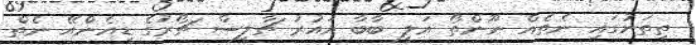
ތިތަނުގައި ނެތެއް ނޫންތޯ އަލީ ބާބާ އައުރު ޗާލީސް ޗޯރުގެ ޑީއެންްއޭ ނެތް